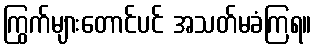
ကြွက်များတောင်ပင် အသတ်မခံကြရ။